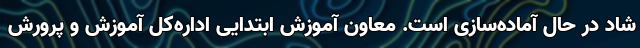
شاد در حال آماده‌سازی است. معاون آموزش ابتدایی اداره‌کل آموزش و پرورش